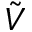
\tilde { V }